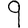
Digit: 9